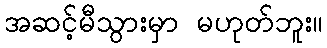
အဆင့်မီသွားမှာ မဟုတ်ဘူး။